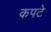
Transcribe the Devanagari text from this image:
कपटे